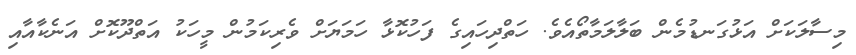
މިސާލަކަށް އަޅުގަނޑުމެން ބަލާލަމާތޯއެވެ. ހަތްދިހައިގެ ފަހުކޮޅާ ހަމަޔަށްް ވެރިކަމުން މީހަކު އަތްދޫކޮށް އަނެކާއާއި